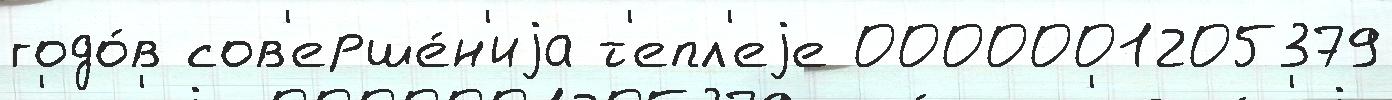
годо́в сов'ерше́н'иjа т'епл'еjе 0000001205379